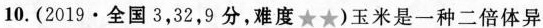
10.(2019·全国3，32，9分，难度★★)玉米是一种二倍体异